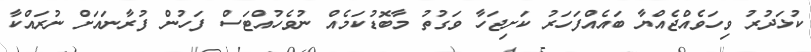
ކުޅަދުރު ވިހަވެއްޖެއްޔާ ބައެއްފަހަރު ކަށިޖަހާ ވަގުތު މާބޮޑުކަމެއް ނުވެހުއްޓަސް ފަހުން ފުރާނައަށް ނުރައްކާ